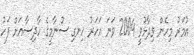
އުމަރު މިހެން ވިދާޅުވީ 2004 ވަނަ އަހަރު ހިނގި ސުނާމީގެ ހާދިސާއަށް ފަހު